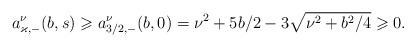
LaTeX: \begin{align*} a^\nu_{\varkappa, -}(b, s)\geqslant a^\nu_{3/2, -}(b, 0) =\nu^2 +5b/2 -3\sqrt{\nu^2 +b^2/4} \geqslant 0.\end{align*}